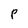
Character: P